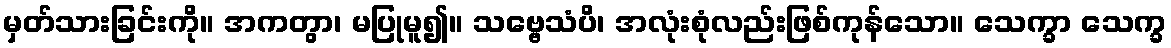
မှတ်သားခြင်းကို။ အကတွာ၊ မပြုမူ၍။ သဗ္ဗေသံပိ၊ အလုံးစုံလည်းဖြစ်ကုန်သော။ သေက္ခာ သေက္ခ